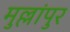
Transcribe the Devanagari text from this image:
मुल्लांपुर